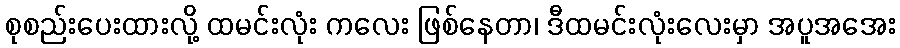
စုစည်းပေးထားလို့ ထမင်းလုံး ကလေး ဖြစ်နေတာ၊ ဒီထမင်းလုံးလေးမှာ အပူအအေး